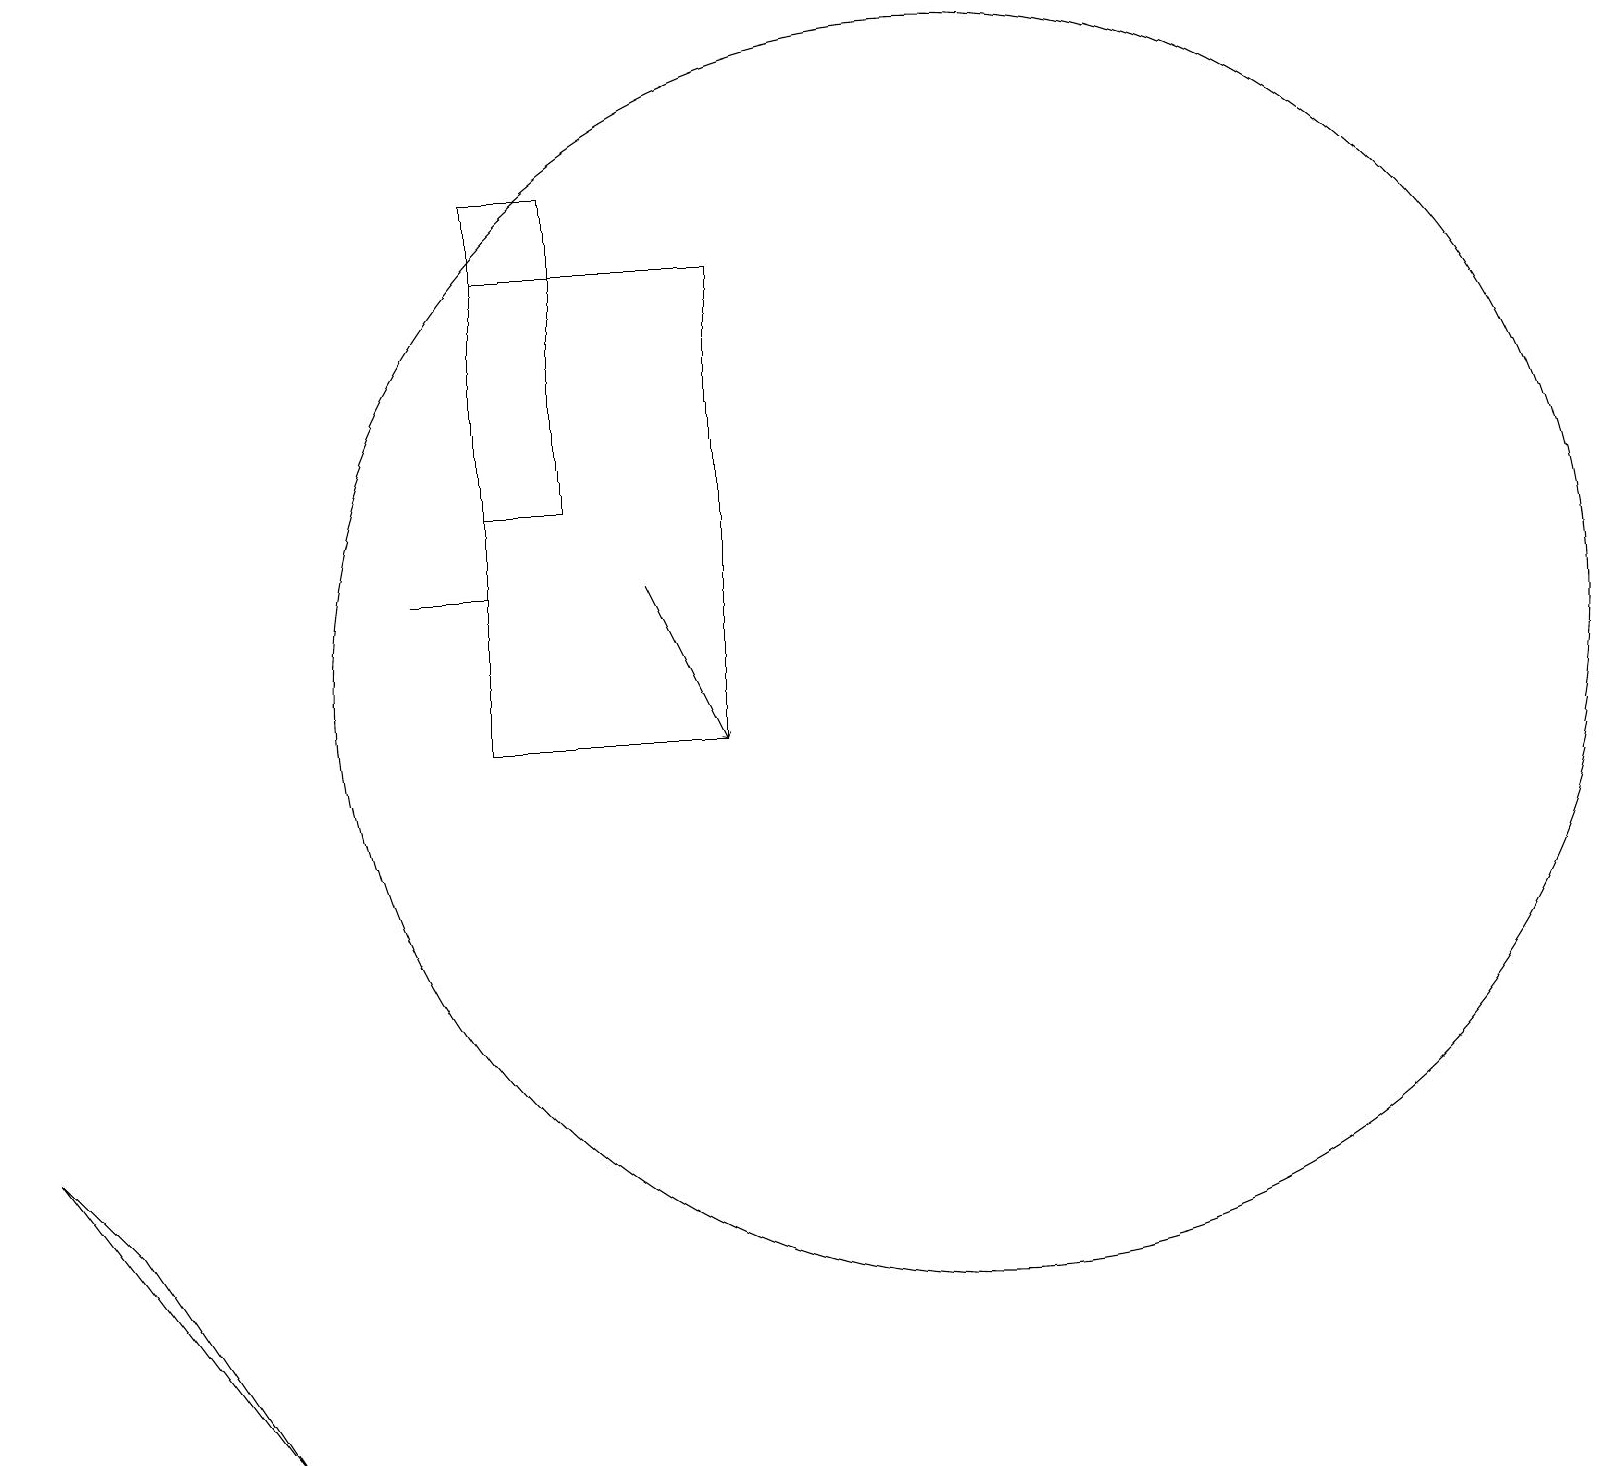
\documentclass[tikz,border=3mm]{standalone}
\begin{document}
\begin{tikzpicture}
\draw (12,11) circle (8);
\draw[->] (8,12) -- (9,10);
\draw (6,10) rectangle (9,16);
\draw (3,1) -- (1,4) -- (0,5) -- cycle;
\draw (6,13) rectangle (7,17);
\draw (5,12) rectangle (6,12);
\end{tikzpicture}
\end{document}